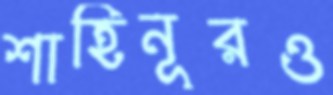
শাহিনূরও